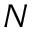
N